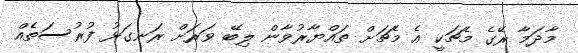
މާދަމާ ރޭގެ މެޗަކީ އެ މެޗަށް ތައްޔާރުވާން ލިބޭ ވަރަށް ރަނގަޅު ފުރުސަތެއް